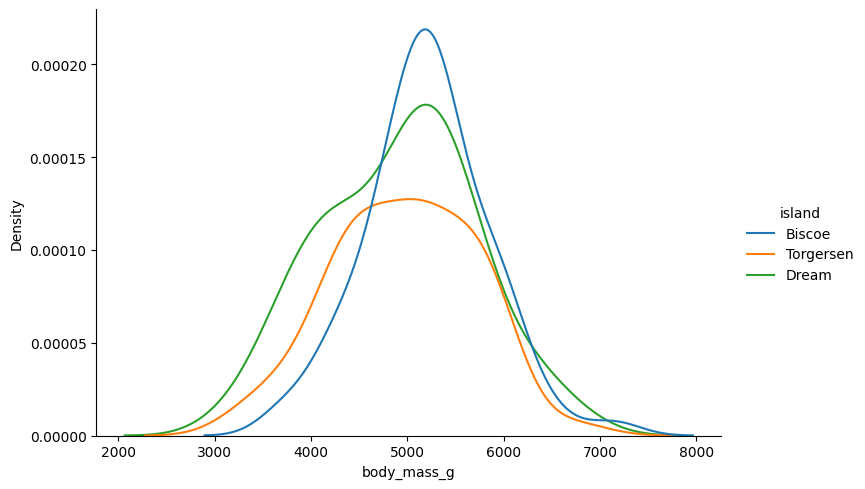
python, seaborn, displot, kind='kde', column='body_mass_g', hue='island', height=5, aspect=1.5